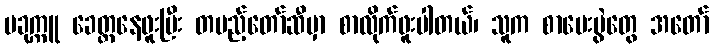
ပခုက္ကူ ခေတ္တနေဖူးပြီး တပည့်တော်ဆီမှာ စာလိုက်ဖူးပါတယ်၊ သူက စာမေးပွဲတွေ အတော်